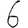
Digit: 6